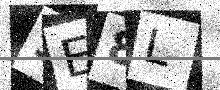
Text: SE8L